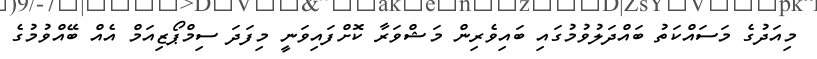
މިއަދުގެ މަސައްކަތު ބައްދަލުވުމުގައި ބައިވެރިން މަޝްވަރާ ކޮށްފައިވަނީ މިފަދަ ސިމްޕޯޒިއަމް އެއް ބޭއްވުމުގެ